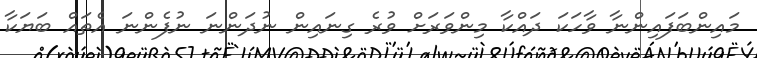
މައިންބަފައިންނާ ވާހަކަ ދައްކާ މިންވަރަށް ވުރެ ގިނައިން ނުދަންނަ ނުފެންނަ އެތައް ބަޔަކާ